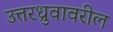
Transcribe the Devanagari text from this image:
उत्तरध्रुवावरील